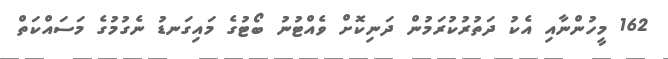
162 މީހުންނާއި އެކު ދަތުރުކުރަމުން ދަނިކޮށް ވެއްޓުނު ބޯޓުގެ މައިގަނޑު ނެގުމުގެ މަސައްކަތް